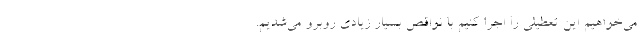
می‌خواهیم این تعطیلی را اجرا کنیم با نواقص بسیار زیادی روبرو می‌شدیم.